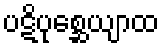
ပဋိပုစ္ဆေယျာထ